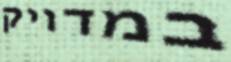
במדויק